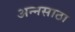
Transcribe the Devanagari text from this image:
अन्नसाठा